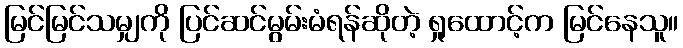
မြင်မြင်သမျှကို ပြင်ဆင်မွမ်းမံရန်ဆိုတဲ့ ရှုထောင့်က မြင်နေသူ။